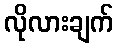
လိုလားချက်